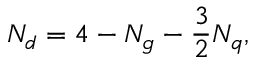
N _ { d } = 4 - { \cal N } _ { g } - \frac 3 2 { \cal N } _ { q } ,